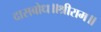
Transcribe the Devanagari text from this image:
दासबोध॥श्रीराम॥